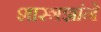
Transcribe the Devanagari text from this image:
शास्त्रज्ञांने